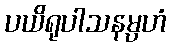
ပယိရုပါသနမ္ပဟံ